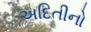
અદિતીનો